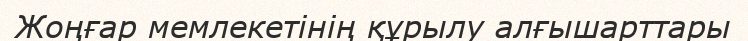
Жоңғар мемлекетінің құрылу алғышарттары